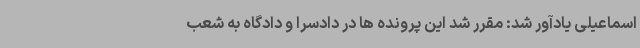
اسماعیلی یادآور شد: مقرر شد این پرونده ها در دادسرا و دادگاه به شعب